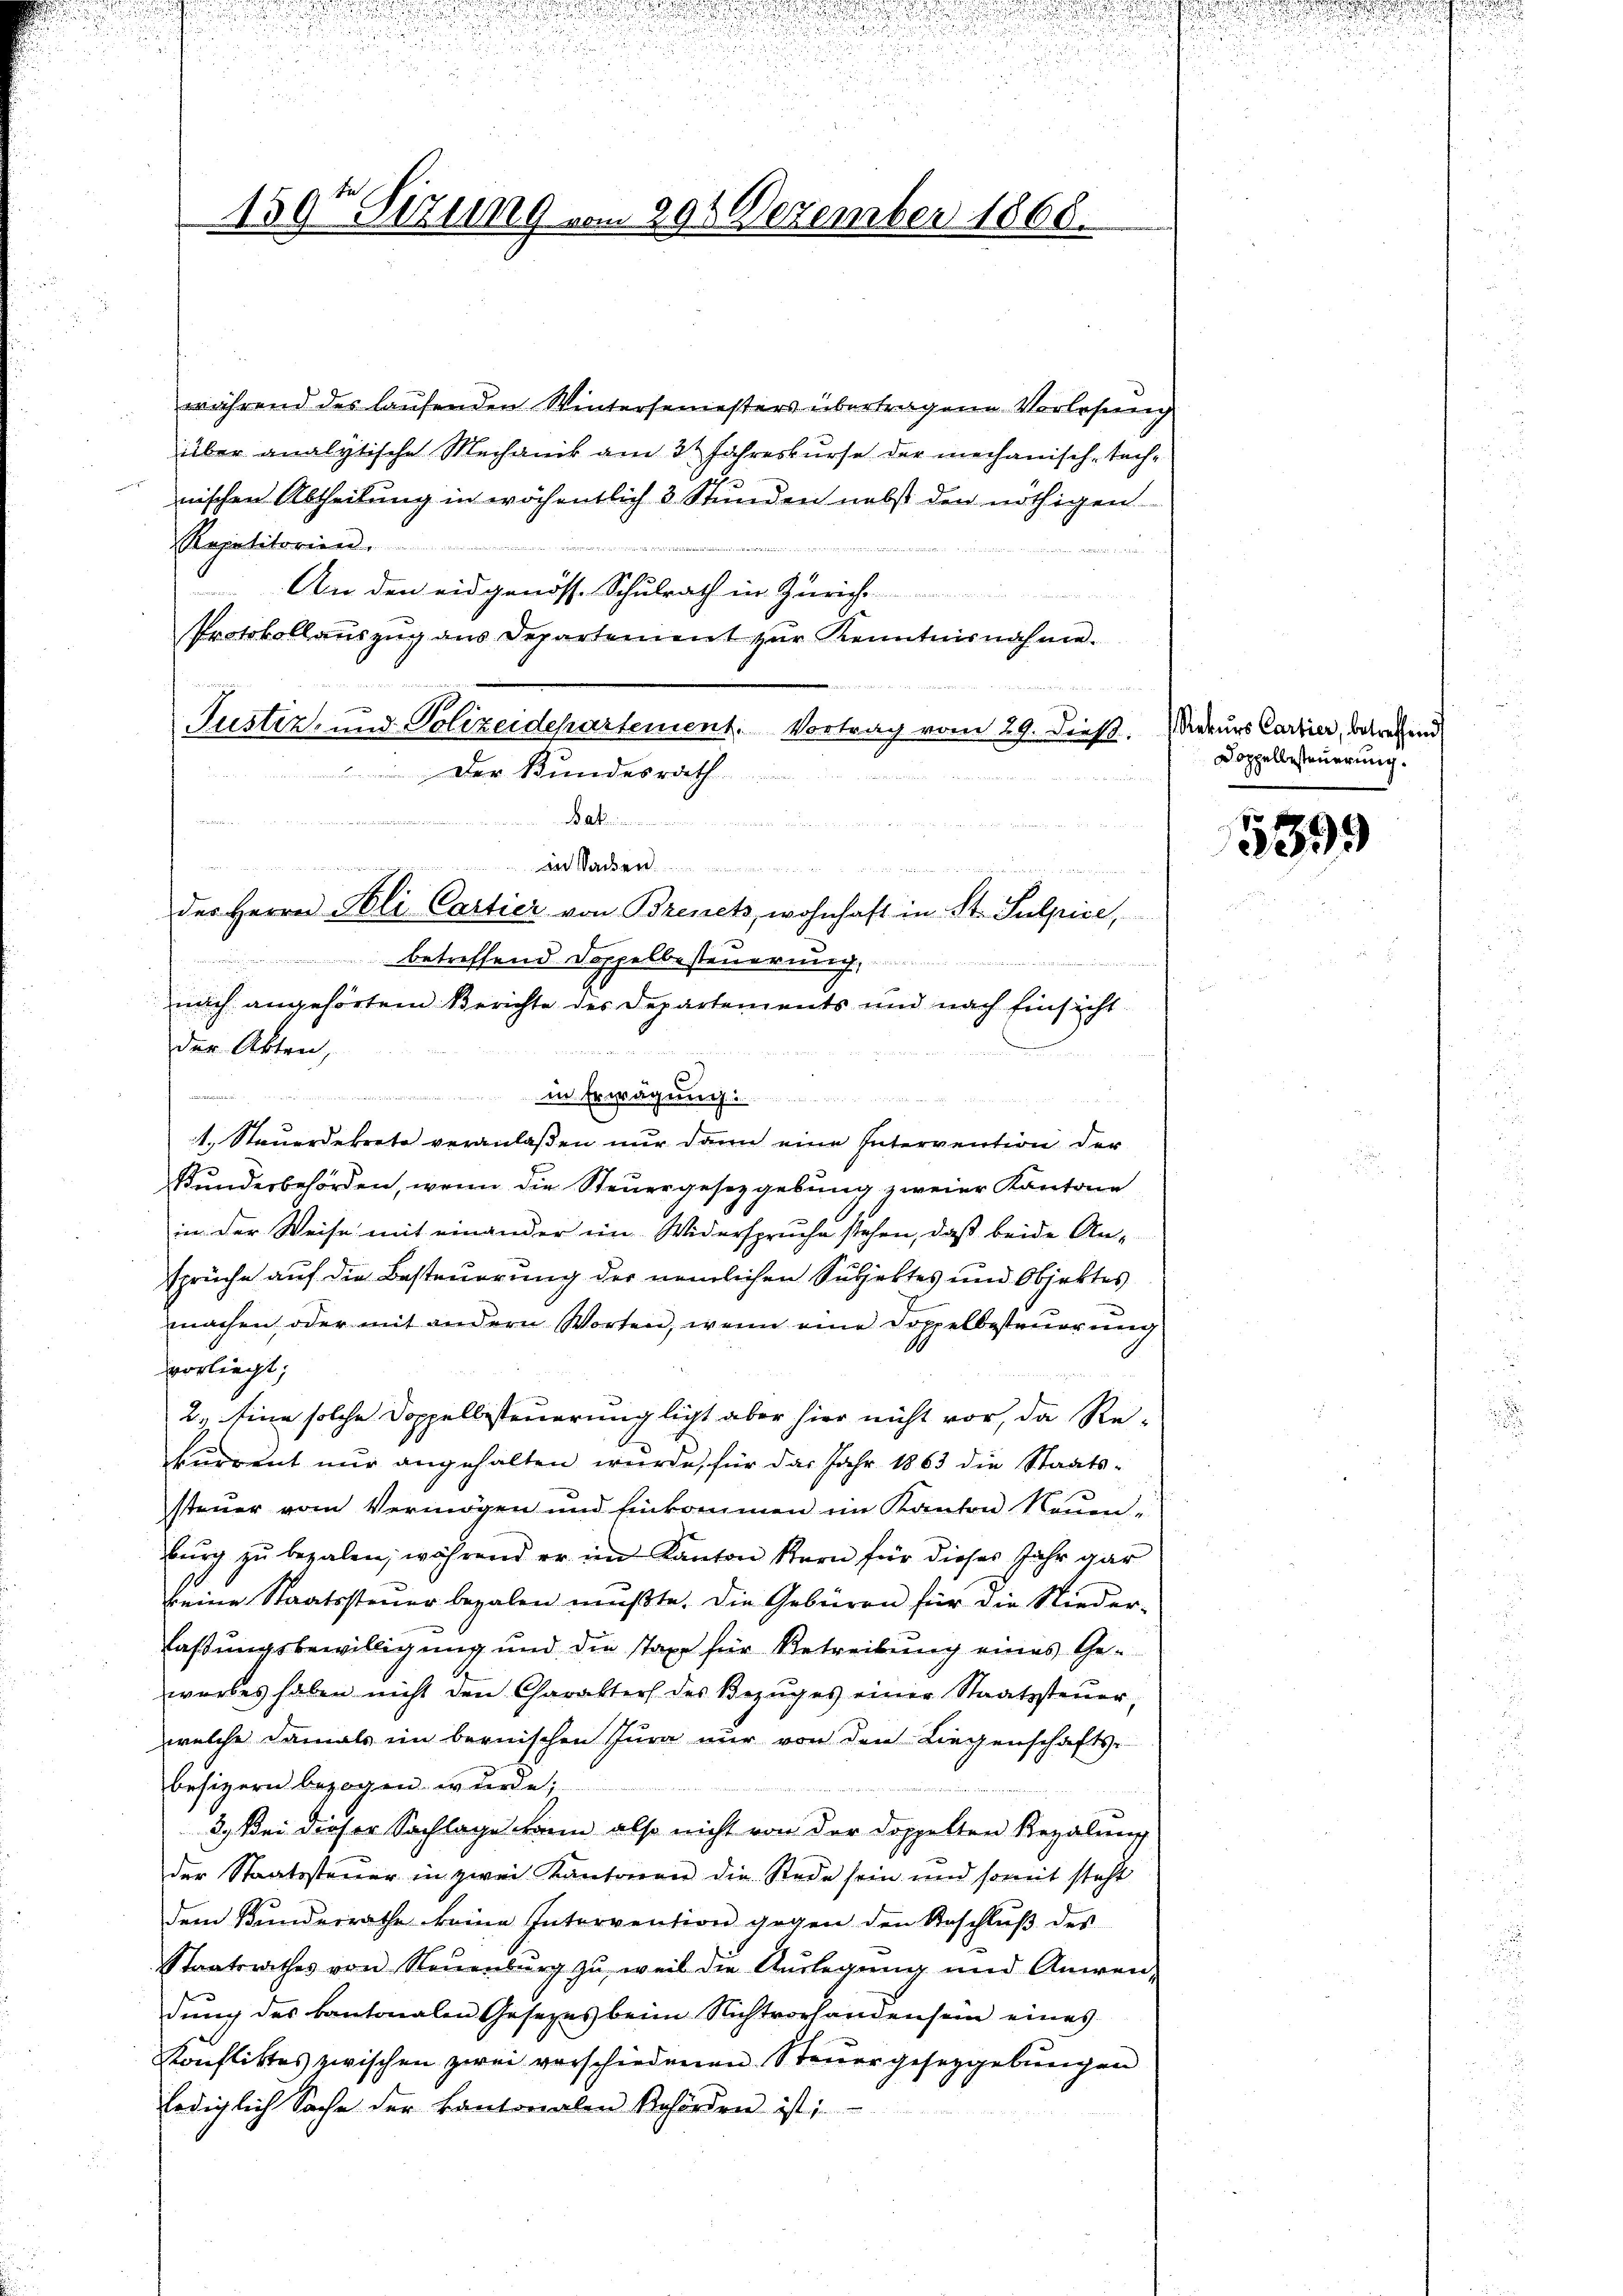
u
u

2
e

1597 Sizung vom 291 Dezember 1868.

während des laufenden Wintersemesters übertragene Vorlesung
über analytische Mechanik am 3t Jahreskurse der mechanisch-technischen Abtheilung in wöchentlich 3 Stunden nebst den nöthigen
Repetitorien.

An den eidgenöss. Schulrath in Zürich
Protokollaŭszŭg ans Departement zŭr Kenntnisnahme.
a
Justiz- und Polizeidepartement. Vortrag vom 29. dieß. Naturs Carrier, betreffend
Der Bundesrath.
 4 v. der
meinen und ein
n
.
n a
des Herrn Poli Cartier von Brinets, wohnhaft in St. Sulpice,
betreffend Doppelbesteuerung,
nach angehörtem Berichte des Departements und nach Einsicht
der Akten,
n den
s
................  ..  .
1. Steuerdekrete veranlaßen nur dann eine Intervention der
Kundesbehörden, wenn die Steuergesetzgebung zweier Kantone
in der Weise mit einander ein Widerspruche stehen, daß beide Ansprüche auf die Besteuerung der nemlichen Subjektes und Objektes
machen oder mit andern Worten, wenn eine Doppelbesteuerung
vorliegt;
2. Eine solche Doppellesteuerunglicht aber hier nicht vor, da Rekurrent nur angehalten wurde, für das Jahr 1863 die Staatssteuer vom Vermögen und Einkommen im Kanton Neuen-
burg zu bezalen, während er im Kanton Kern für dieses Jahr gar
keine Staatssteŭer bezalen mŭβte. Die Gebüren für die Nieder-
laßungsbewilligung und die staxe für Betreibung eines Gewerbes haben nicht den Charakter des Bezŭges einer Staatssteŭer,
welche damals im bernischen Jura nur von den Liegenschafts-
besizern bezogen, wurde;
3.) Bei dieser Sachlage kann also nicht von der doppelten Rezalung
der Staatssteuer in zwei Kantonen die Rede sein und somit steht
dem Bundesrathe keine Intervention gegen den Beschlŭβ des
Staatsrathes von Neuenburg zŭ weil die Aŭslegung und Anwen-
dung des kantonalen Gesezes beim Nichtvorhanden sein eines
Konfliktes zwischen zwei verschiedenen Steuergesetzgebungen
lediglich Sache der kantonalen Behörden ist;

Doppellesteuerung.

5399